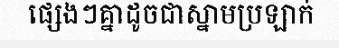
ផ្សេងៗគ្នាដូចជាស្នាមប្រឡាក់